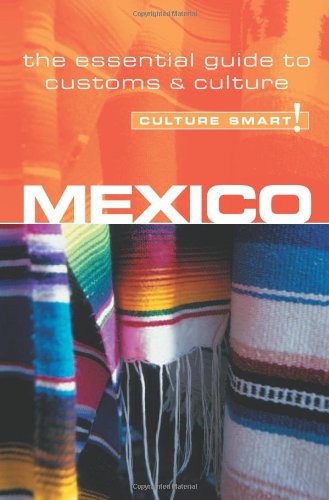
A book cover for Mexico - Culture Smart!: the essential guide to customs & culture; Guy Mavor; Business & Money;